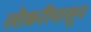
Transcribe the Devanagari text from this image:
लोकरीपासून